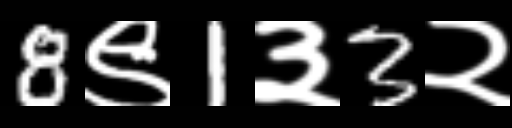
Text: 8९1३3२